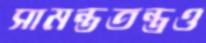
সামন্ততন্ত্রও